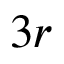
3 r